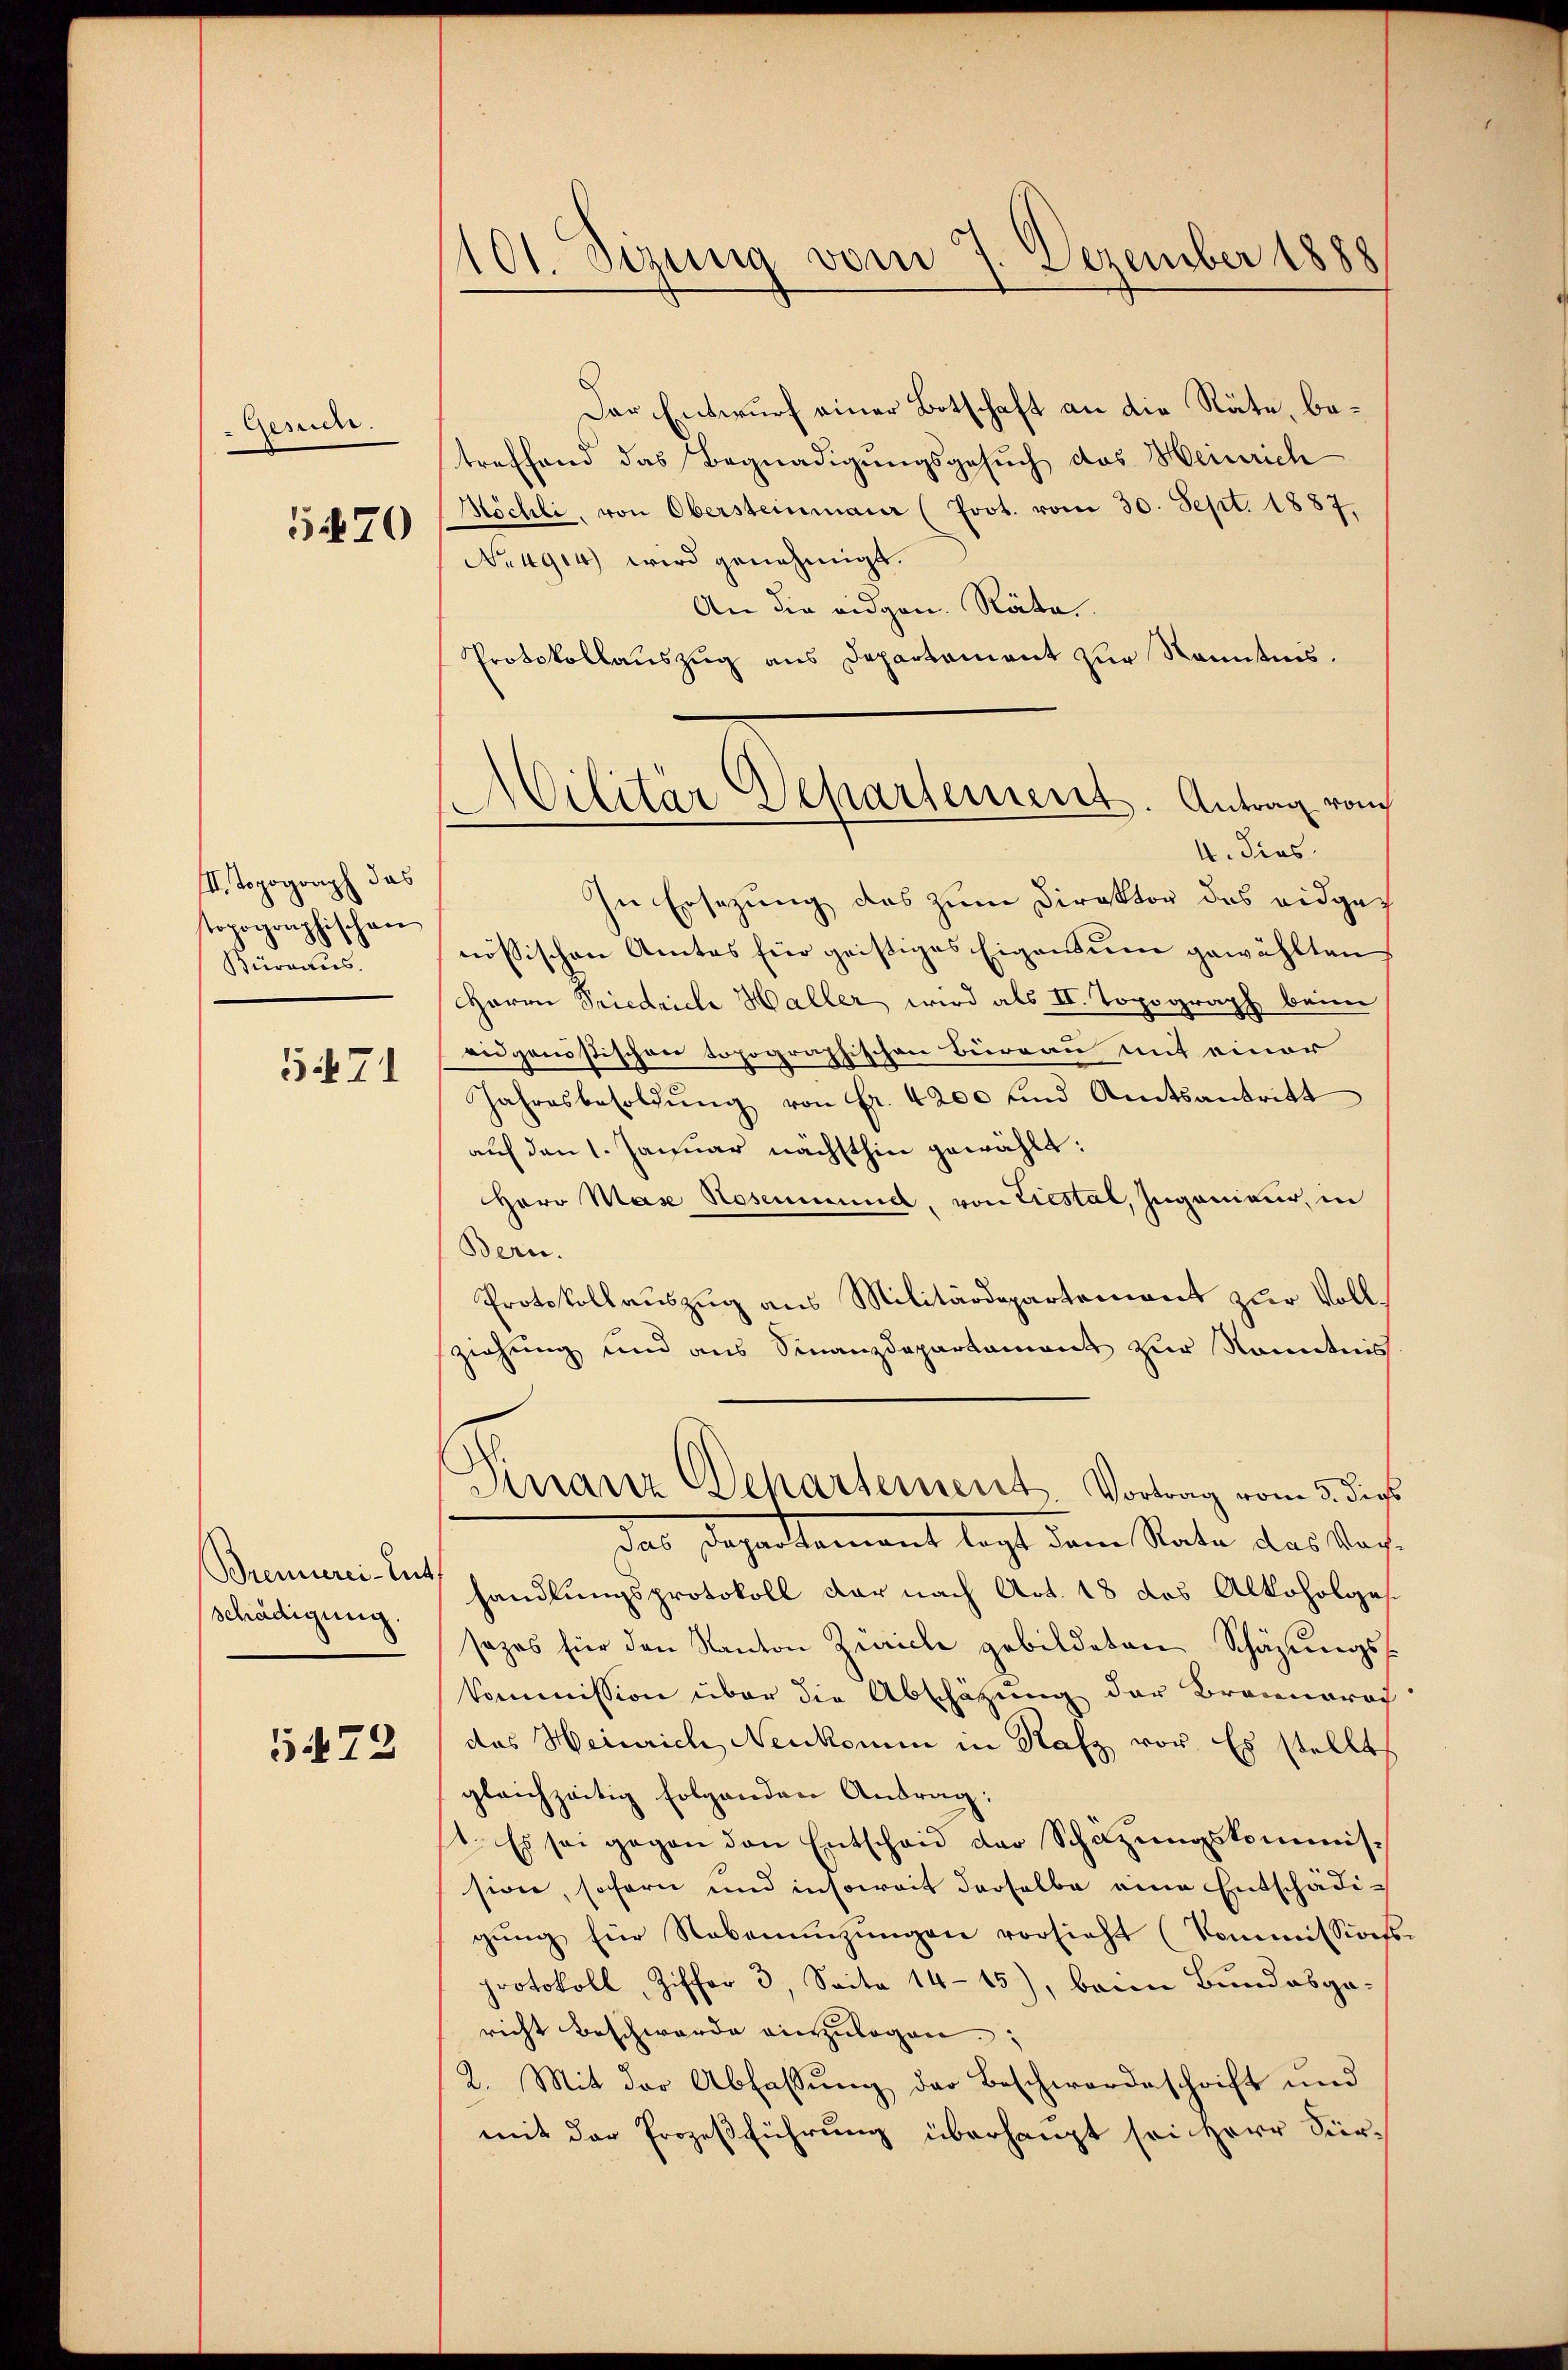
Gesuche.
1470

III. Topograph das
topographischen
Büreaus.
5471

Brennerei-Ent
schädigung.

5472

101. Sezung vom 7. Dezember 1888

Der Entwurf einer Botschaft an die Räte, betreffend das Begnadigungsgesuch das Heinrich
Möchli, von Obersteinmaur (Prot. vom 30. Sept. 1887,
No 4904) wird genehmigt.
An die eidgen. Räte
Protokollauszug aus Departement zur Kenntnis.
In Ersezung das zum Direktor des eidgenössischen Amtes für geistiges Eigensum gewählten
Herrn Priedriche Haller wird als II. Topograph beim
eidgenössischer topographischen Büreau mit einer
Jahresbesoldŭng von Fr. 4200 und Amtsantritt
auf den 1. Januar nächsthin gewählt:
Herr Mase Hosenmund, von Liestal, Ingenieur, in
Bern.
Protokollauszug aus Militärdepartement zur Vollziehung und aus Finanzdepartament zur Kenntnis
Finanz Departement. Vortrag vom 3. dies
das Departement legt dem State das Kashandlungsprotokoll dar nach Art. 18 des Alkoholge
sazes für den Kanton Zürich gebildeten Schäzŭngs-
Commission über die Abschätzung der Braunerach
das Heinrich, Neukomm in Rafz vor. Es stellt,
gleichzeitig folgenden Antrag:
1. Es sei gegen den Entscheid der Schazungskommission, sofern und insoweit derselbe eine Entschädigŭng für Nebenenzungen vorsieht (Kommissions
protokoll, Ziffer 3, Seite 14-15), beim Bundesgericht beschwerde einzulagen;
2. Mit der Abfassung der Beschwordeschrift und
mit der Prozeßführung überhaupt sei Herr Für¬

Militär Departement. Antrag vom
4. dies